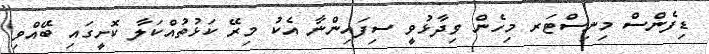
ޑިފެންސް މިނިސްޓަރ މިހެން ވިދާޅުވީ ސިފައިންނާ އެކު މިރޭ ކަޅުތުއްކަލާ ކޮށީގައި ބޭއްވި